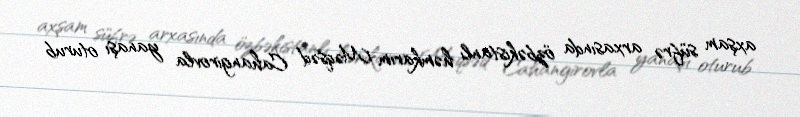
axşam süfrə arxasında özbəkistanlı həmkarım Məqsəd Cahangirovla yanaşı oturub